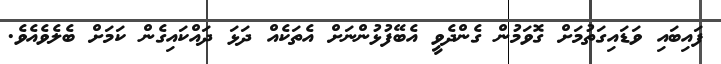
ފައިބައި ވަޑައިގަތުމަށް ގޮވަމުން ގެންދެވީ އެބޭފުޅުންނަށް އެތަކެއް ދަޅަ ދައްކައިގެން ކަމަށް ބެލެވެއެވެ.